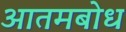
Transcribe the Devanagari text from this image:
आतमबोध